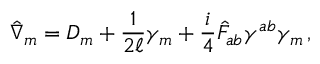
\hat { \nabla } _ { m } = D _ { m } + \frac { 1 } { 2 \ell } \gamma _ { m } + \frac { i } { 4 } \hat { F } _ { a b } \gamma ^ { a b } \gamma _ { m } \, ,